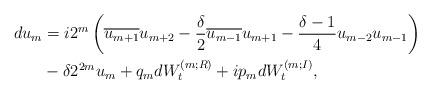
LaTeX: \begin{align*}\begin{aligned}d u_m &= i2^m\left(\overline{u_{m+1}}u_{m+2} - \frac{\delta}{2} \overline{u_{m-1}}u_{m+1} - \frac{\delta -1}{4} u_{m-2}u_{m-1}\right) \\ & - \delta 2^{2m} u_m + q_m dW_t^{(m;R)} + ip_m dW_t^{(m;I)},\end{aligned}\end{align*}